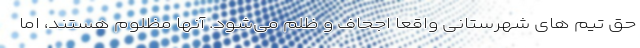
حق تیم های شهرستانی واقعا اجحاف و ظلم می‌شود. آنها مظلوم هستند، اما